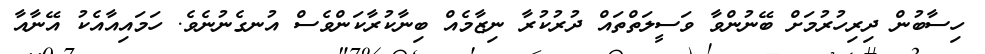
ހިިސާބުން ދިރިހުރުމަށް ބޭނުންވާ ވަސީލަތްތައް ދުރުކުރާ ނިޒާމެއް ބިނާކުރާކަންވެސް އުނގެނުނެވެ. ހަމައިއާއެކު އޭނާއާ